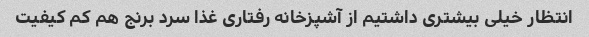
انتظار خیلی بیشتری داشتیم از آشپزخانه رفتاری غذا سرد برنج هم کم کیفیت